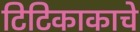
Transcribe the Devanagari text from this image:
टिटिकाकाचे